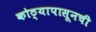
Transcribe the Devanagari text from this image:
कोठ्यापासूनची